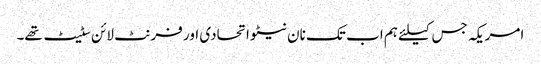
امریکہ جس کیلئے ہم اب تک نان نیٹو اتحادی اور فرنٹ لائن سٹیٹ تھے۔